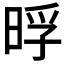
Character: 𭦊